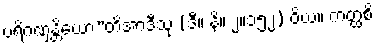
ပရိဂဏှန္တိယော”တိအာဒီသု (ဒီ။ နိ။ ၂။၁၅၂) ဝိယ။ ကတ္ထစိ